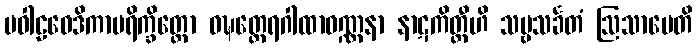
ပဝါဠဝေဒိကာပရိက္ခိတ္တော ဝဍ္ဎတ္ထေရဂါထာဝဏ္ဏနာ နာဋကိတ္ထီဟိ သဗ္ဗသင်္ခတံ ဩသာပေတိ